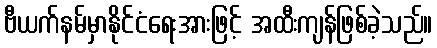
ဗီယက်နမ်မှာနိုင်ငံရေးအားဖြင့် အထီးကျန်ဖြစ်ခဲ့သည်။